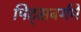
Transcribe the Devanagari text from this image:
पिट्सबर्गमें